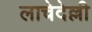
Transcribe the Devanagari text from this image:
लाचेदेल्ली